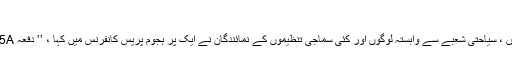
جموں وکشمیر میں سیاسی اور عوامی سطح پر ردعمل
30جولائی کو سرینگر میںوادی تاجروں ، صنعت کاروں ، سیاحتی شعبے سے وابستہ لوگوں اور کئی سماجی تنظیموں کے نمائندگان نے ایک پر ہجوم پریس کانفرنس میں کہا ، ’’ دفعہ 35Aریاستی عوام کے لئے موت اور زندگی کا معاملہ ہے۔